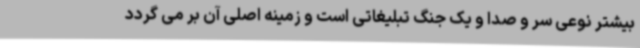
بیشتر نوعی سر و صدا و یک جنگ تبلیغاتی است و زمینه اصلی آن بر می گردد